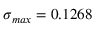
\sigma _ { m a x } = 0 . 1 2 6 8